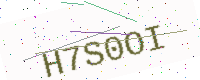
Text: H7S0OI